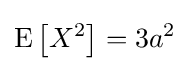
\operatorname {E} \left[X^{2}\right]=3a^{2}